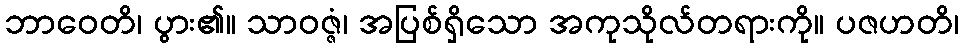
ဘာဝေတိ၊ ပွား၏။ သာဝဇ္ဇံ၊ အပြစ်ရှိသော အကုသိုလ်တရားကို။ ပဇဟတိ၊